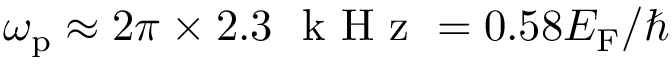
\omega _ { \mathrm { p } } \approx 2 \pi \times 2 . 3 ~ \mathrm { ~ k ~ H ~ z ~ } = 0 . 5 8 E _ { \mathrm { F } } / \hbar